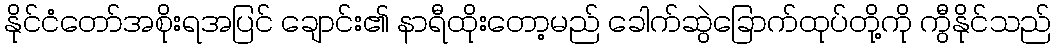
နိုင်ငံတော်အစိုးရအပြင် ချောင်း၏ နာရီထိုးတော့မည် ခေါက်ဆွဲခြောက်ထုပ်တို့ကို ကွီနိုင်သည်